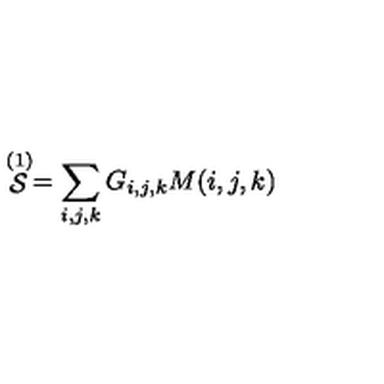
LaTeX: \stackrel { ( 1 ) } { \cal { S } } = \sum _ { i , j , k } G _ { i , j , k } M ( i , j , k )